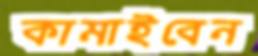
কামাইবেন